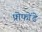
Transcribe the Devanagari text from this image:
प्रोफोंडे